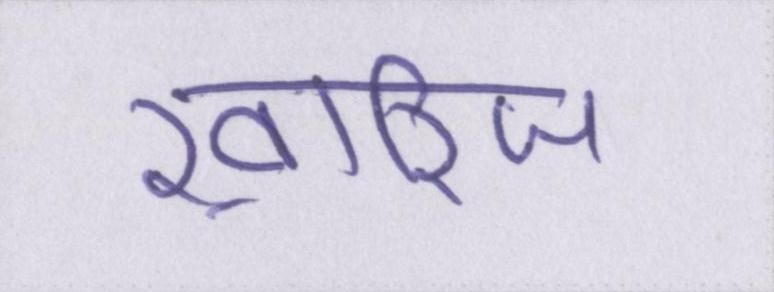
ख़ारिज